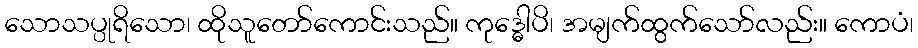
သောသပ္ပုရိသော၊ ထိုသူတော်ကောင်းသည်။ ကုဒ္ဓေါပိ၊ အမျက်ထွက်သော်လည်း။ ကောပံ၊